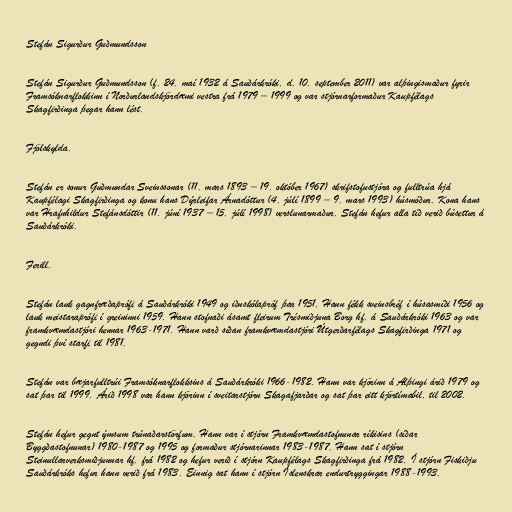
Stefán Sigurður Guðmundsson

Stefán Sigurður Guðmundsson (f. 24. maí 1932 á Sauðárkróki, d. 10. september 2011) var alþingismaður fyrir
Framsóknarflokkinn í Norðurlandskjördæmi vestra frá 1979 – 1999 og var stjórnarformaður Kaupfélags
Skagfirðinga þegar hann lést.

Fjölskylda.

Stefán er sonur Guðmundar Sveinssonar (11. mars 1893 – 19. október 1967) skrifstofustjóra og fulltrúa hjá
Kaupfélagi Skagfirðinga og konu hans Dýrleifar Árnadóttur (4. júlí 1899 – 9. mars 1993) húsmóður. Kona hans
var Hrafnhildur Stefánsdóttir (11. júní 1937 – 15. júlí 1998) verslunarmaður. Stefán hefur alla tíð verið búsettur á
Sauðárkróki.

Ferill.

Stefán lauk gagnfræðaprófi á Sauðárkróki 1949 og iðnskólapróf þar 1951. Hann fékk sveinsbréf í húsasmíði 1956 og
lauk meistaraprófi í greininni 1959. Hann stofnaði ásamt fleirum Trésmiðjuna Borg hf. á Sauðárkróki 1963 og var
framkvæmdastjóri hennar 1963-1971. Hann varð síðan framkvæmdastjóri Útgerðarfélags Skagfirðinga 1971 og
gegndi því starfi til 1981.

Stefán var bæjarfulltrúi Framsóknarflokksins á Sauðárkróki 1966-1982. Hann var kjörinn á Alþingi árið 1979 og
sat þar til 1999. Árið 1998 var hann kjörinn í sveitarstjórn Skagafjarðar og sat þar eitt kjörtímabil, til 2002.

Stefán hefur gegnt ýmsum trúnaðarstörfum. Hann var í stjórn Framkvæmdastofnunar ríkisins (síðar
Byggðastofnunar) 1980-1987 og 1995 og formaður stjórnarinnar 1983-1987. Hann sat í stjórn
Steinullarverksmiðjunnar hf. frá 1982 og hefur verið í stjórn Kaupfélags Skagfirðinga frá 1982. Í stjórn Fiskiðju
Sauðárkróks hefur hann verið frá 1983. Einnig sat hann í stjórn Íslenskrar endurtryggingar 1988-1993.